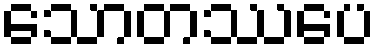
သောတဿပေ